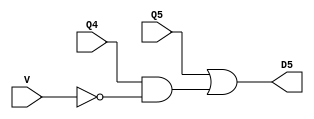
module Location5(input V, Q4, Q5, output D5);

    assign D5 = Q5 | (Q4 & ~V);

endmodule